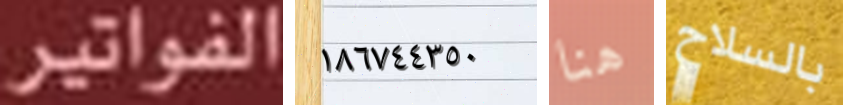
الفواتير ١٨٦٧٤٤٣٥٠ هنا بالسلاح